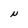
Character: N